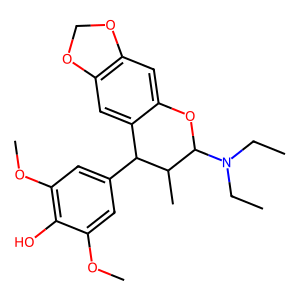
SMILES: CCN(CC)C1Oc2cc3c(cc2C(c2cc(OC)c(O)c(OC)c2)C1C)OCO3
Inhibits HIV replication: No